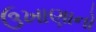
ઉખાણાનો